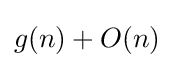
g(n)+O(n)